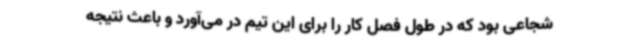
شجاعی بود که در طول فصل کار را برای این تیم در می‌آورد و باعث نتیجه